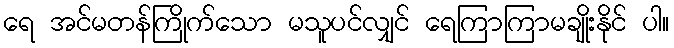
ရေ အင်မတန်ကြိုက်သော မသူပင်လျှင် ရေကြာကြာမချိုးနိုင် ပါ။